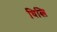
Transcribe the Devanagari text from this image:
घित्लि